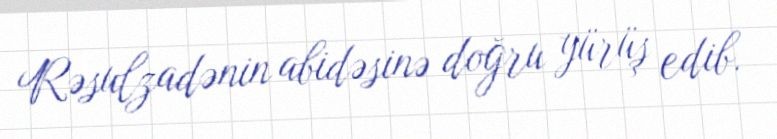
Rəsulzadənin abidəsinə doğru yürüş edib.